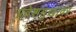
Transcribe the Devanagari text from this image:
प्रवेशमुखावर